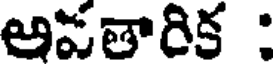
అపతారిక :